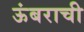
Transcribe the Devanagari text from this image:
ऊंबराची